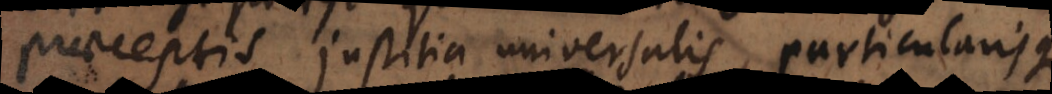
praeceptis justitia universalis, particularisque